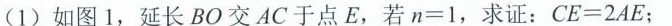
(1)如图1，延长BO交AC于点E，若$$n = 1$$，求证：$$C E = 2 A E$$；